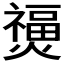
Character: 𤑐